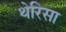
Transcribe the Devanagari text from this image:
थेरिसा